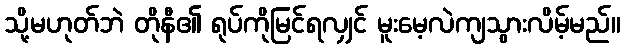
သို့မဟုတ်ဘဲ တိုနီ၏ ရုပ်ကိုမြင်ရလျှင် မူးမေ့လဲကျသွားလိမ့်မည်။